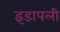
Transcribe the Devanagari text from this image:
इडापली